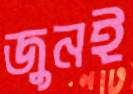
জুনই